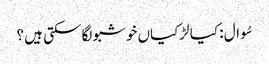
سُوال : کیا لڑکیاں خوشبو لگا سکتی ہیں ؟